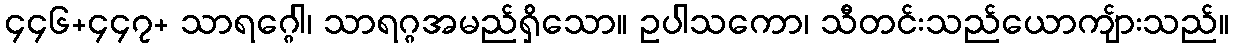
၄၄၆+၄၄၇+ သာရဂ္ဂေါ၊ သာရဂ္ဂအမည်ရှိသော။ ဥပါသကော၊ သီတင်းသည်ယောကျ်ားသည်။